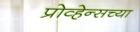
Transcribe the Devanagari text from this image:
प्रोव्हेन्सच्या